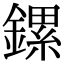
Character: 鏍